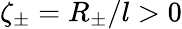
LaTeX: \zeta_{\pm}=R_{\pm}/l>0